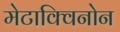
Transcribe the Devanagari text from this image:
मेटाक्विनोन